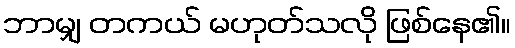
ဘာမျှ တကယ် မဟုတ်သလို ဖြစ်နေ၏။